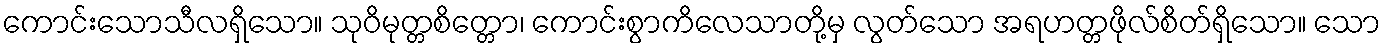
ကောင်းသောသီလရှိသော။ သုဝိမုတ္တစိတ္တော၊ ကောင်းစွာကိလေသာတို့မှ လွတ်သော အရဟတ္တဖိုလ်စိတ်ရှိသော။ သော